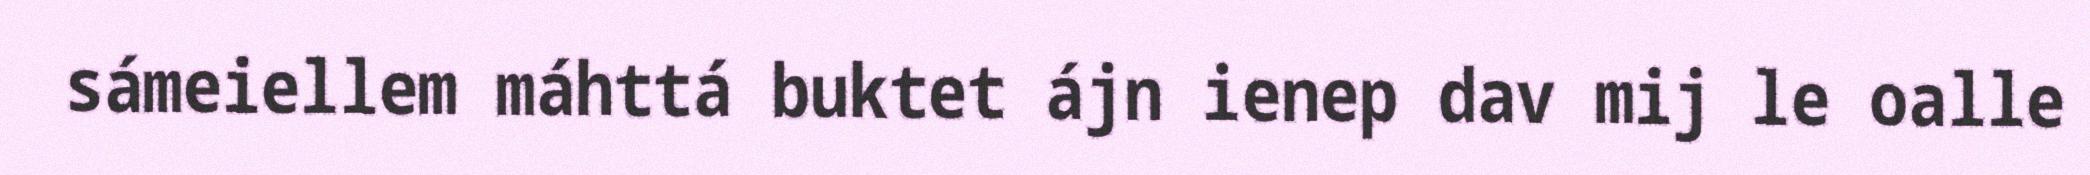
sámeiellem máhttá buktet ájn ienep dav mij le oalle